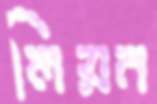
লিয়ন